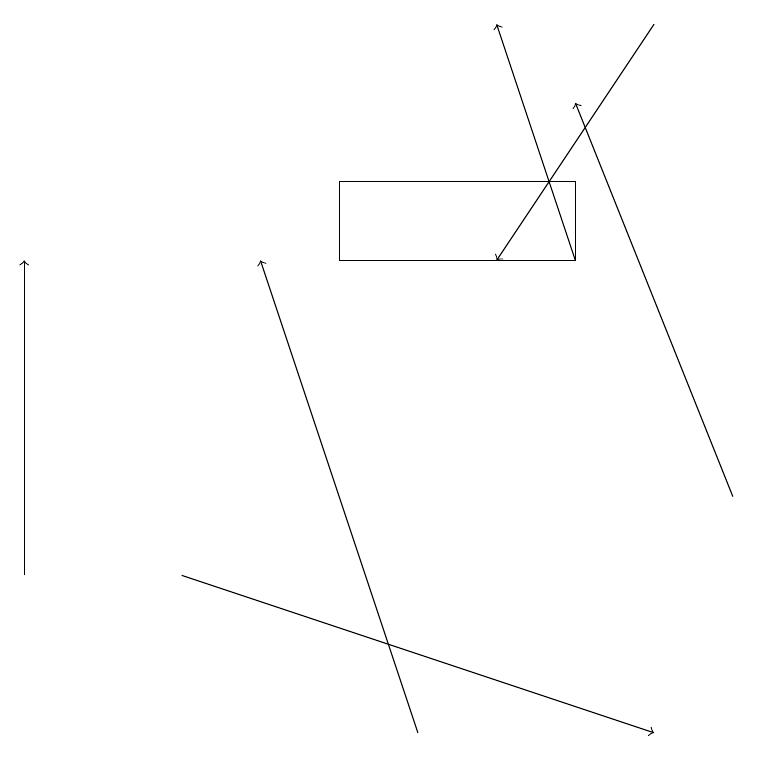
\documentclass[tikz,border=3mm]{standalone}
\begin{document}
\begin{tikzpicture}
\draw[->] (8,19) -- (6,16);
\draw[->] (5,10) -- (3,16);
\draw[->] (7,16) -- (6,19);
\draw[->] (9,13) -- (7,18);
\draw (7,16) rectangle (4,17);
\draw[->] (2,12) -- (8,10);
\draw[->] (0,12) -- (0,16);
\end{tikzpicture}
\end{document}